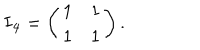
LaTeX: { \bf I _ { 4 } } = \left( \begin{array} { l l } { { 1 } } & { { 1 } } \\ { { 1 } } & { { 1 } } \\ \end{array} \right) .